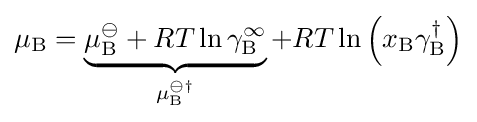
\mu _{\mathrm {B} }=\underbrace {\mu _{\mathrm {B} }^{\ominus }+RT\ln \gamma _{\mathrm {B} }^{\infty }} _{\mu _{\mathrm {B} }^{\ominus \dagger }}+RT\ln \left(x_{\mathrm {B} }\gamma _{\mathrm {B} }^{\dagger }\right)